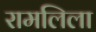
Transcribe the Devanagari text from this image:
रामलिला